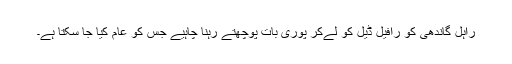
راہل گاندھی کو رافیل ڈیل کو لےکر پوری بات پوچھتے رہنا چاہیے جس کو عام کیا جا سکتا ہے۔